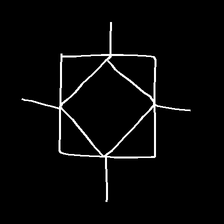
Glyph: light